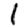
Digit: 1